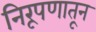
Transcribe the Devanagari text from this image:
निरूपणातून